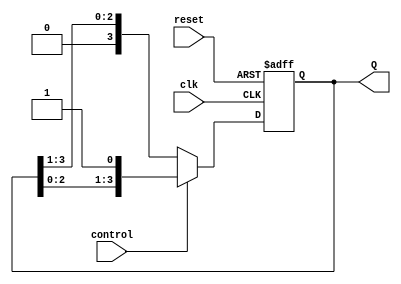
module AsyncShiftCounter #(parameter N = 4)(
    input wire clk,        // Clock input
    input wire reset,      // Asynchronous reset input
    input wire control,     // Control signal: 1 for increment, 0 for decrement
    output reg [N-1:0] Q   // Counter output
);

    // Always block to handle asynchronous reset and counting
    always @(posedge clk or posedge reset) begin
        if (reset) begin
            // Reset the counter to 0
            Q <= {N{1'b0}};
        end else begin
            // Shift left or right based on the control signal
            if (control) begin
                // Increment: Shift left and set LSB based on incrementing
                Q <= {Q[N-2:0], 1'b1}; // Alternatively, a more complex incrementing logic could be defined here
            end else begin
                // Decrement: Shift right and set MSB based on decrementing
                Q <= {1'b0, Q[N-1:1]}; // Alternatively, a more complex decrementing logic could be defined here
            end
        end
    end
endmodule